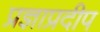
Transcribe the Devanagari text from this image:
प्रज्ञाप्रदीप